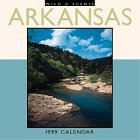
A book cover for Cal 99 Wild & Scenic Arkansas; Browntrout Publishers; Travel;